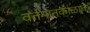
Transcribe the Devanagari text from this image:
वर्तमानकाळाचे